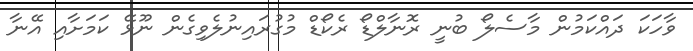
ވާހަކަ ދައްކަމުން މާސެލޯ ބުނީ ރޮނާލްޑޯ ރެކޯޑް މުގުރައިނުލެވިގެން ނޫޅޭ ކަމަށާއި އޭނާ